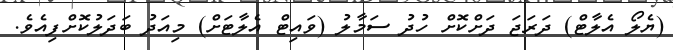
(ޔެލޯ އެލާޓް) ދަރަޖަ ދަށްކޮށް ހުދު ސަމާލު (ވައިޓް އެލާޓަށް) މިއަދު ބަދަލުކޮށްފިއެވެ.